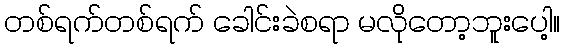
တစ်ရက်တစ်ရက် ခေါင်းခဲစရာ မလိုတော့ဘူးပေါ့။